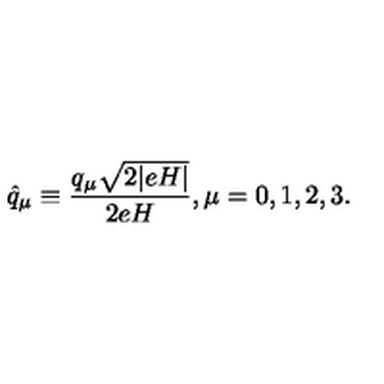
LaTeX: \hat { q } _ { \mu } \equiv \frac { q _ { \mu } \sqrt { 2 | e H | } } { 2 e H } , \mu = 0 , 1 , 2 , 3 .